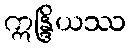
ဣန္ဒြိယဿ